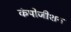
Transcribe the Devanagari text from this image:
कंपोजीशन